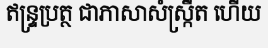
ឥន្ទ្រប្រត្ថ ជាភាសាសំស្ក្រឹត ហើយ